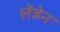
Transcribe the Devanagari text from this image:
लेंडेन